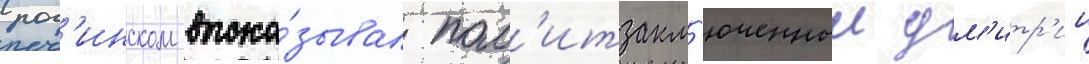
рог'инском выска́зывал пол'итзакл'юченныи дм'итр'ии